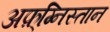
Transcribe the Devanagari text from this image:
अफ़्ग्निस्तान